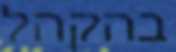
בהקהל